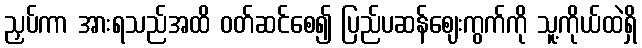
ညှပ်ကာ အားရသည်အထိ ဝတ်ဆင်စေ၍ ပြည်ပဆန်ဈေးကွက်ကို သူ့ကိုယ်ထဲရှိ